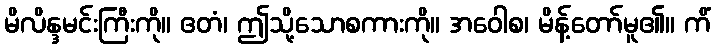
မိလိန္ဒမင်းကြီးကို။ ဧတံ၊ ဤသို့သောစကားကို။ အဝေါစ၊ မိန့်တော်မူ၏။ ကိံ